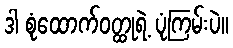
ဒါ စုံထောက်ဝတ္ထုရဲ့ ပုံကြမ်းပဲ။